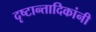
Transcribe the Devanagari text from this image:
दृष्टान्तादिकांनी